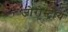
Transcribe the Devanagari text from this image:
जोरोस्ट्रीय